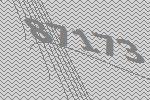
87173